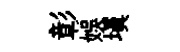
彰娱塡